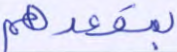
بمقعدهم